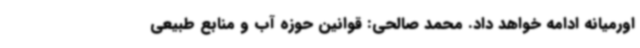
اورمیانه ادامه خواهد داد. محمد صالحی: قوانین حوزه آب و منابع طبیعی